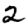
Digit: 2